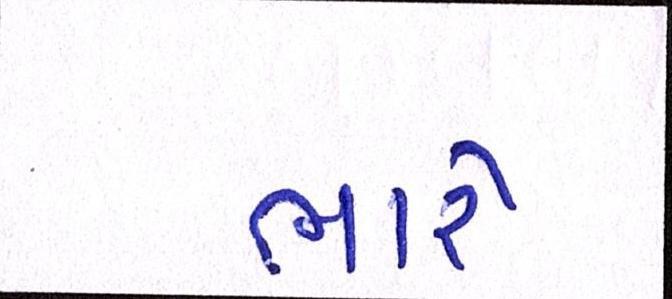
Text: ભારે